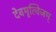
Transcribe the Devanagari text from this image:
देवमृत्विजम्